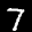
Label: 7